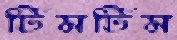
টিমটিম